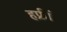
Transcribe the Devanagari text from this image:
हफ्रीं